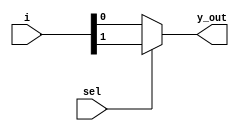
// This program was cloned from: https://github.com/ekb0412/100DaysofRTL
// License: Apache License 2.0

`timescale 1ns / 1ps

module mux_2_1(
    input [1:0] i,
    input sel,
    output y_out    
    );
    assign y_out= sel ? i[1] : i[0];
endmodule

module gates_mux(
    input a,b,
    output xor_out, xnor_out
    );
    wire bbar;
   
    mux_2_1 mbbar({1'b0, 1'b1}, b, bbar);
    
    mux_2_1 mxor({bbar, b}, a, xor_out);
    mux_2_1 mxnor({b, bbar}, a, xnor_out);

endmodule